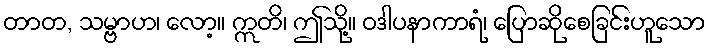
တာတ, သမ္ဗာဟ၊ လော့။ ဣတိ၊ ဤသို့။ ဝဒါပနာကာရံ၊ ပြောဆိုစေခြင်းဟူသော